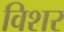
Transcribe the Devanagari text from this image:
विशर